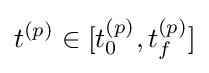
t^{(p)}\in [t_{0}^{(p)},t_{f}^{(p)}]